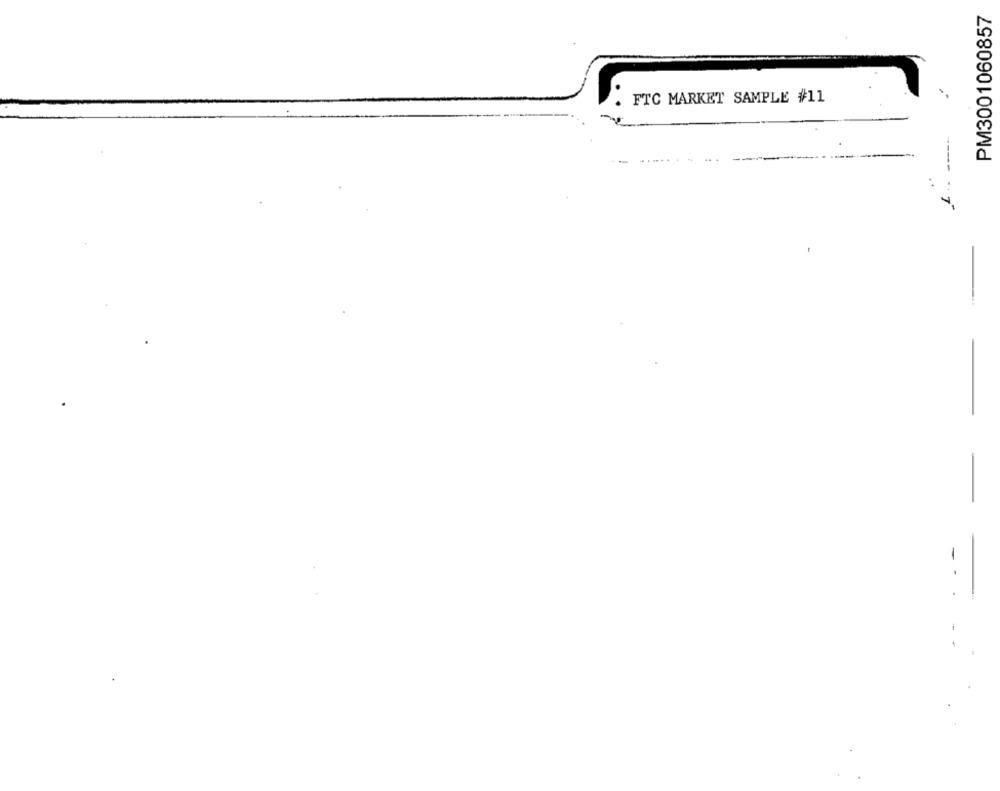
PM3001060857
FTC MARKET SAMPLE #11
---
-
-
-